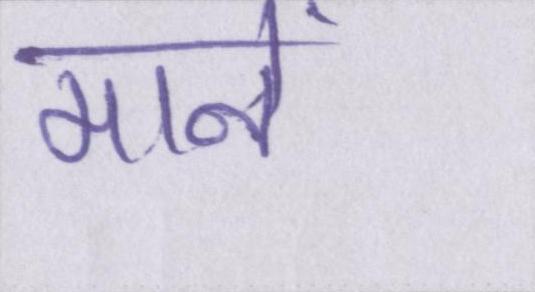
मानें